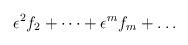
LaTeX: \begin{align*}\epsilon^2 f_2+ \dots + \epsilon^m f_m + \dots\end{align*}